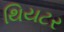
થિયટર